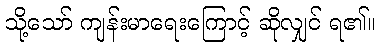
သို့သော် ကျန်းမာရေးကြောင့် ဆိုလျှင် ရ၏။